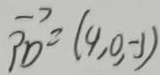
\overrightarrow { P D } = ( 9 , 0 , - 1 )